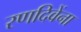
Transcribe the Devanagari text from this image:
रणदिवेंना